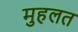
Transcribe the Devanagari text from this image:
मुहलत